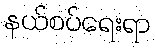
နယ်စပ်ရေးရာ